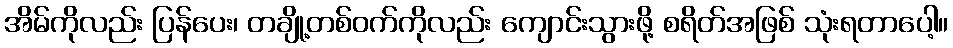
အိမ်ကိုလည်း ပြန်ပေး၊ တချို့တစ်ဝက်ကိုလည်း ကျောင်းသွားဖို့ စရိတ်အဖြစ် သုံးရတာပေါ့။